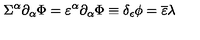
\Sigma ^ { \alpha } \partial _ { \alpha } \Phi = \varepsilon ^ { \alpha } \partial _ { \alpha } { \Phi } \equiv \delta _ { \epsilon } \phi = { \overline { \varepsilon } } \lambda